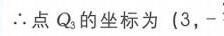
$\therefore$点$Q_3$的坐标为$(3,-$